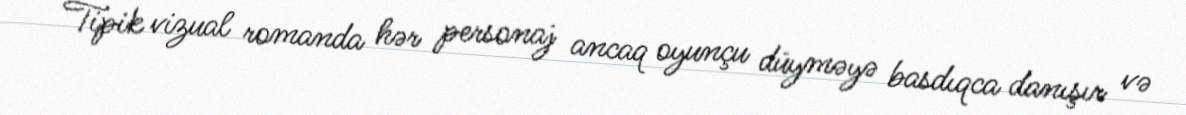
Tipik vizual romanda hər personaj ancaq oyunçu düyməyə basdıqca danışır və